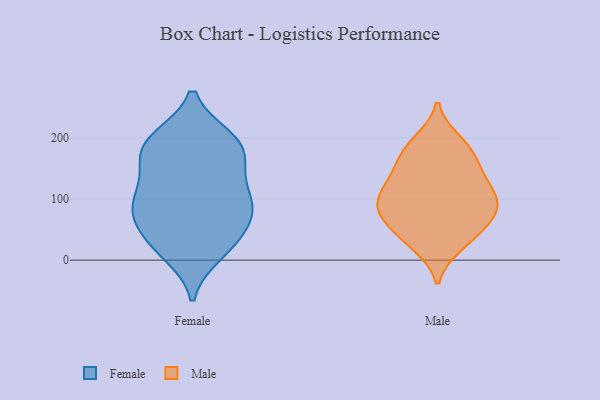
{"axis": {"x": "Tickets Resolved", "y": "Value"}, "legend": ["Female", "Male"], "data": [{"x": "", "y": 189, "type": "Female"}, {"x": "", "y": 91, "type": "Female"}, {"x": "", "y": 39, "type": "Female"}, {"x": "", "y": 196, "type": "Female"}, {"x": "", "y": 77, "type": "Female"}, {"x": "", "y": 199, "type": "Female"}, {"x": "", "y": 96, "type": "Female"}, {"x": "", "y": 167, "type": "Female"}, {"x": "", "y": 11, "type": "Female"}, {"x": "", "y": 100, "type": "Female"}, {"x": "", "y": 73, "type": "Female"}, {"x": "", "y": 20, "type": "Female"}, {"x": "", "y": 197, "type": "Female"}, {"x": "", "y": 28, "type": "Female"}, {"x": "", "y": 123, "type": "Female"}, {"x": "", "y": 75, "type": "Female"}, {"x": "", "y": 167, "type": "Female"}, {"x": "", "y": 146, "type": "Female"}, {"x": "", "y": 43, "type": "Male"}, {"x": "", "y": 94, "type": "Male"}, {"x": "", "y": 148, "type": "Male"}, {"x": "", "y": 190, "type": "Male"}, {"x": "", "y": 96, "type": "Male"}, {"x": "", "y": 56, "type": "Male"}, {"x": "", "y": 174, "type": "Male"}, {"x": "", "y": 81, "type": "Male"}, {"x": "", "y": 80, "type": "Male"}, {"x": "", "y": 24, "type": "Male"}, {"x": "", "y": 115, "type": "Male"}, {"x": "", "y": 108, "type": "Male"}, {"x": "", "y": 87, "type": "Male"}, {"x": "", "y": 169, "type": "Male"}, {"x": "", "y": 138, "type": "Male"}, {"x": "", "y": 195, "type": "Male"}, {"x": "", "y": 27, "type": "Male"}, {"x": "", "y": 129, "type": "Male"}, {"x": "", "y": 64, "type": "Male"}]}